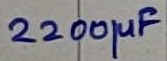
Text: 2200µF